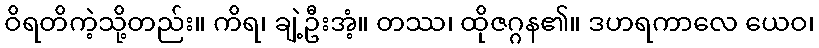
ဝိရတိကဲ့သို့တည်း။ ကိရ၊ ချဲ့ဦးအံ့။ တဿ၊ ထိုဇဂ္ဂန၏။ ဒဟရကာလေ ယေဝ၊